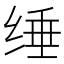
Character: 缍